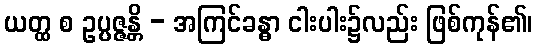
ယတ္ထ စ ဥပ္ပဇ္ဇန္တိ - အကြင်ခန္ဓာ ငါးပါး၌လည်း ဖြစ်ကုန်၏၊